Civil Veterinary Dept. Bombay admin report 1907-1913 - 1907-1913
Year: 1907
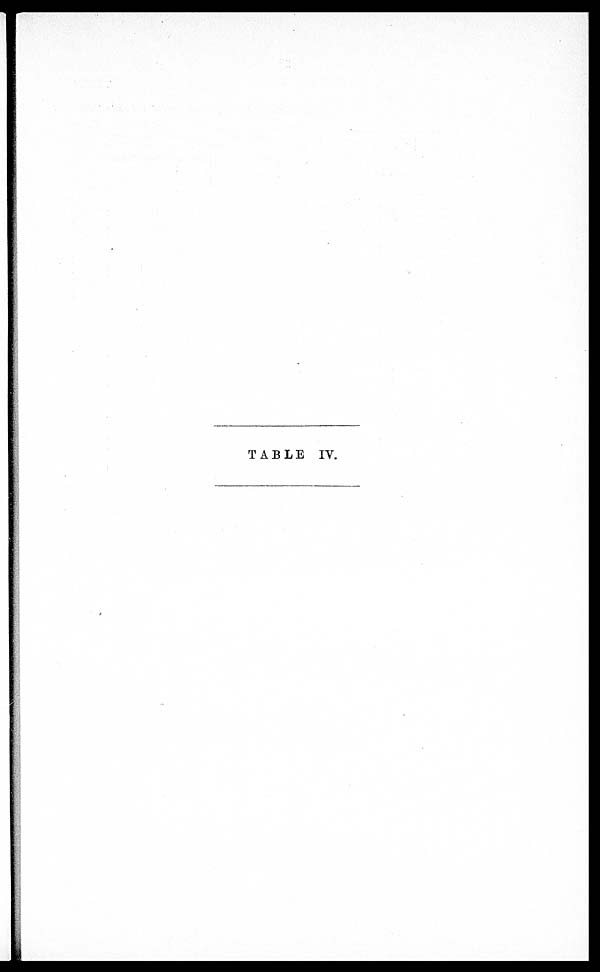
TABLE IV.